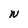
Character: N